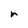
Character: r